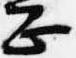
正